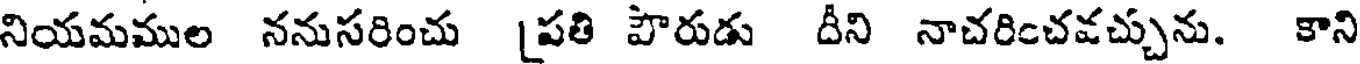
నియమముల ననుసరించు [పతి పౌరుడు దీని నాచరించవచ్చును. కాని